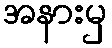
အနားမှ